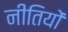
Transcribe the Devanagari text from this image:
नीतियों